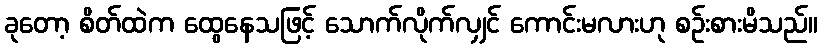
ခုတော့ စိတ်ထဲက ထွေနေသဖြင့် သောက်လိုက်လျှင် ကောင်းမလားဟု စဉ်းစားမိသည်။